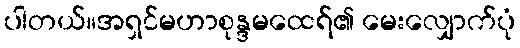
ပါတယ်။အရှင်မဟာစုန္ဒမထေရ်၏ မေးလျှောက်ပုံ